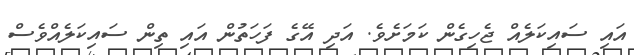
އައި ސައިކަލެއް ޖެހިގެން ކަމަށެވެ. އަދި އޭގެ ފަހަތުން އައި ތިން ސައިކަލެއްވެސް